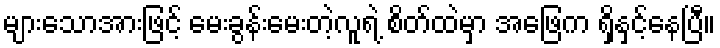
များသောအားဖြင့် မေးခွန်းမေးတဲ့လူရဲ့ စိတ်ထဲမှာ အဖြေက ရှိနှင့်နေပြီ။